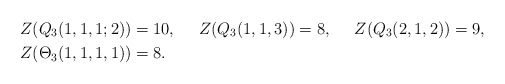
\begin{align*} Z(Q_3(1,1,1;2))&=10,& Z(Q_3(1,1,3))&=8,& Z(Q_3(2,1,2))&=9,&\\ Z(\Theta_{3}(1,1,1,1))&=8. & \end{align*}